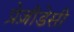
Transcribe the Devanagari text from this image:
प्रेज़ीडेसी